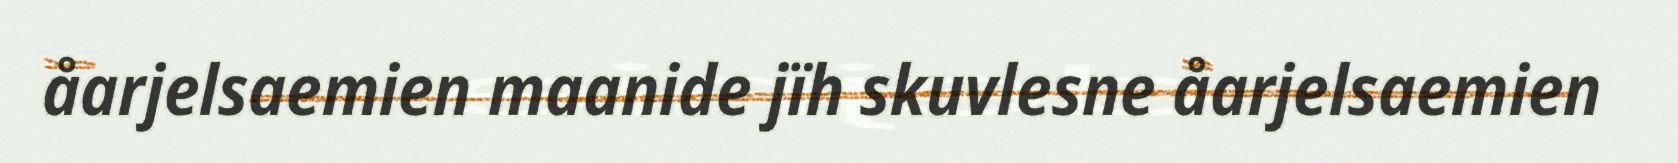
åarjelsaemien maanide jïh skuvlesne åarjelsaemien